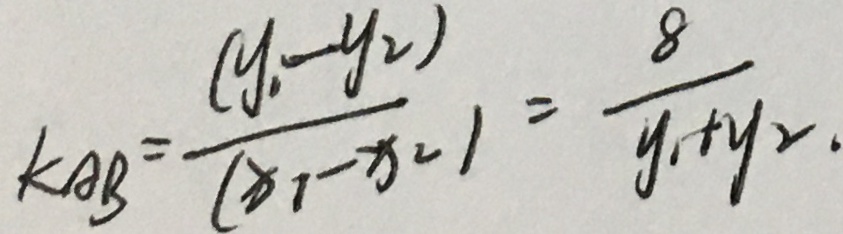
K _ { A B } = \frac { ( y _ { 1 } - y _ { 2 } ) } { ( x _ { 1 } - x _ { 2 } ) } = \frac { 8 } { y _ { 1 } + y _ { 2 } . }